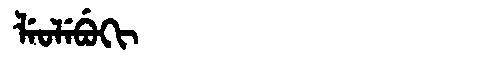
Manchu: ᠯᡝᠣᠯᡝᠪᡠᡴᡳ
Romanization: LEOLEBUKI